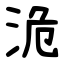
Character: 洈